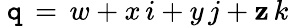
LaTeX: ~\mathtt{q}\, =\, w+x\, i+y\, j+\mathbf{z}\, k